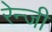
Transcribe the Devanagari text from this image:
रेन्जी